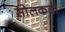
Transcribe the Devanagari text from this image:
सोलकढी